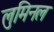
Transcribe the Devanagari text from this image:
लुमिनल